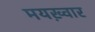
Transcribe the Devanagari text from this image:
मयख़्वार